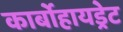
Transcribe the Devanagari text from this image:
कार्बोहायड्रेट